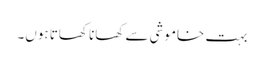
بہت خاموشی سے کھانا کھاتا ہوں۔